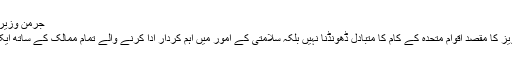
جرمن وزیر دفاع کار تھیوڈور سو گوٹین بیرگ
راسموسن نے کہا کہ ان کی اس تجویز کا مقصد اقوام متحدہ کے کام کا متبادل ڈھونڈنا نہیں بلکہ سلامتی کے امور میں اہم کردار ادا کرنے والے تمام ممالک کے ساتھ ایک نیا تعلق بنانا ہے، جو ناگزیر ہے۔